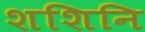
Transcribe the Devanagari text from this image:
शशिनि